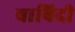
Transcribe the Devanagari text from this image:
बाबिदी